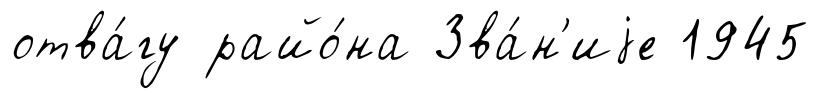
отва́гу райо́на Зва́н'иjе 1945